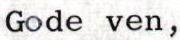
Gode ven,